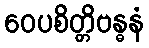
ဝေပစိတ္တိဗန္ဓနံ